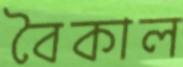
বৈকাল